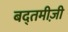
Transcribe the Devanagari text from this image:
बद्तमीज़ी